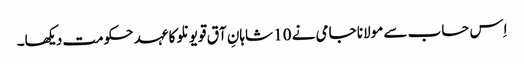
اِس حساب سے مولانا جامی نے 10 شاہانِ آق قویونلو کا عہد حکومت دیکھا۔